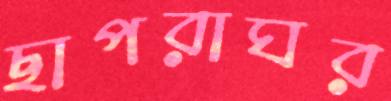
ছাপরাঘর